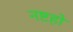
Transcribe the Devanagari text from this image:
नष्टहो